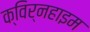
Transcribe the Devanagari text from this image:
क्विर्नहाइम